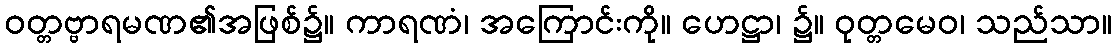
ဝတ္တဗ္ဗာရမဏ၏အဖြစ်၌။ ကာရဏံ၊ အကြောင်းကို။ ဟေဋ္ဌာ၊ ၌။ ဝုတ္တမေဝ၊ သည်သာ။